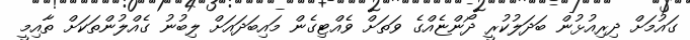
ގައުމަށް ދިރިއުޅުން ބަދަލުކުރީ ދޯންޏެއްގެ ވަތަށް ވެއްޓިގެން މައިބަދައަށް ލިބުނު ގެއްލުންތަކަށް ތާއިމީ